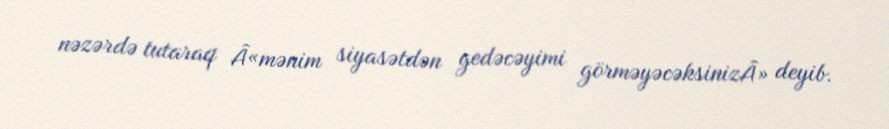
nəzərdə tutaraq Â«mənim siyasətdən gedəcəyimi görməyəcəksinizÂ» deyib.